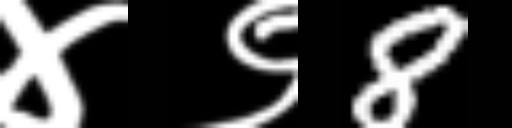
Text: ४९8